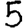
Digit: 5